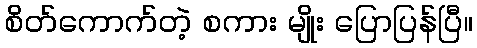
စိတ်ကောက်တဲ့ စကား မျိုး ပြောပြန်ပြီ။